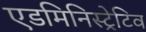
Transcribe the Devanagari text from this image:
एडमिनिस्ट्रेटिव